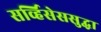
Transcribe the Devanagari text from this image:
सर्व्हिसेससुद्धा